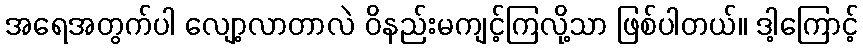
အရေအတွက်ပါ လျော့လာတာလဲ ဝိနည်းမကျင့်ကြလို့သာ ဖြစ်ပါတယ်။ ဒါ့ကြောင့်